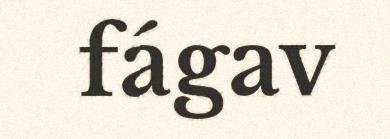
fágav